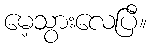
မေ့သွားလေပြီ။